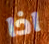
اذا